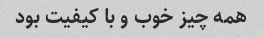
همه چیز خوب و با کیفیت بود